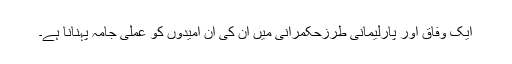
ایک وفاق اور پارلیمانی طرزِحکمرانی میں اُن کی اِن امیدوں کو عملی جامہ پہنانا ہے۔